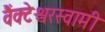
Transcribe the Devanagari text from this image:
वैंक्टेश्वरस्वामी